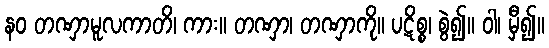
နဝ တဏှာမူလကာတိ၊ ကား။ တဏှာ၊ တဏှာကို။ ပဋိစ္စ၊ စွဲ၍။ ဝါ၊ မှီ၍။